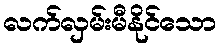
လက်လှမ်းမီနိုင်သော